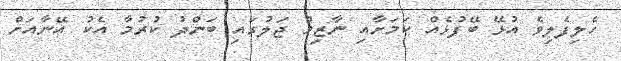
ހެލިފެލިވެ އުޅޭ ބޭފުޅެއް ކަމަށާއި ނާޒިމް ޖަލުގައި ބަންދު ކުރުމާ އެކު އޭނާއަށް